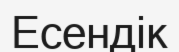
Есендік